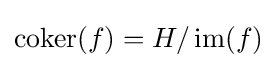
\operatorname {coker} (f)=H/\operatorname {im} (f)